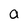
Character: a